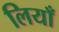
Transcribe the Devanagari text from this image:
लियाँ